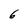
Character: 6